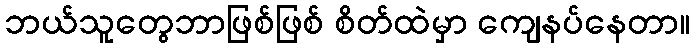
ဘယ်သူတွေဘာဖြစ်ဖြစ် စိတ်ထဲမှာ ကျေနပ်နေတာ။